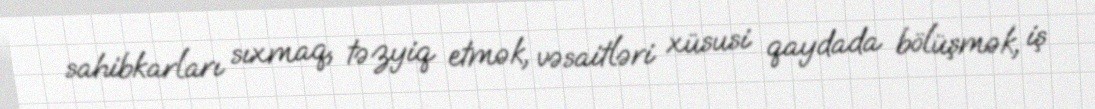
sahibkarları sıxmaq, təzyiq etmək, vəsaitləri xüsusi qaydada bölüşmək, iş